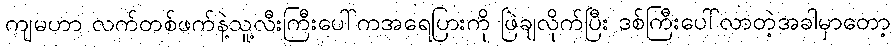
ကျမဟာ လက်တစ်ဖက်နဲ့သူ့လီးကြီးပေါ်ကအရေပြားကို ဖြဲချလိုက်ပြီး ဒစ်ကြီးပေါ်လာတဲ့အခါမှာတော့